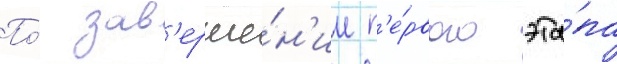
По́ зав'ерше́н'ии п'е́рвого эта́па